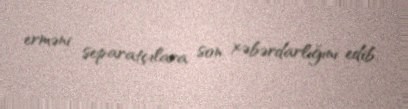
erməni separatçılara son xəbərdarlığını edib.